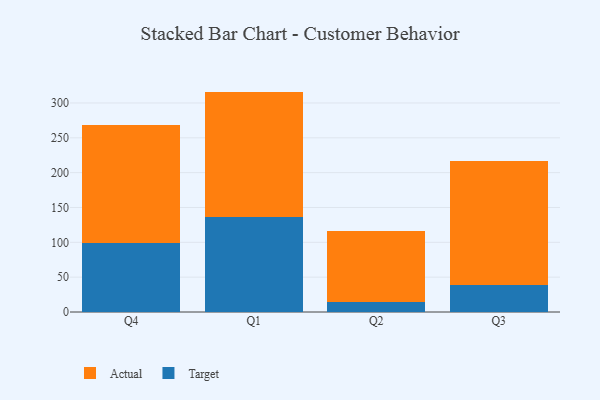
{"axis": {"x": "Quarter", "y": "Inventory Turnover"}, "legend": ["Actual", "Target"], "data": [{"x": "Q4", "y": 98.7, "type": "Target"}, {"x": "Q4", "y": 169.7, "type": "Actual"}, {"x": "Q1", "y": 136.9, "type": "Target"}, {"x": "Q1", "y": 179.4, "type": "Actual"}, {"x": "Q2", "y": 15.0, "type": "Target"}, {"x": "Q2", "y": 101.9, "type": "Actual"}, {"x": "Q3", "y": 38.7, "type": "Target"}, {"x": "Q3", "y": 177.4, "type": "Actual"}]}